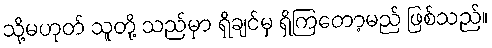
သို့မဟုတ် သူတို့ သည်မှာ ရှိချင်မှ ရှိကြတော့မည် ဖြစ်သည်။